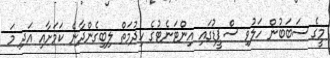
މީގެ ސަބަބުން ހަލުވި ސްޕީޑުގައި އިންޓަނެޓުގެ ހިދުމަތް ލިބިގެންދާނެ ކަމަށާއި އަދި މަ